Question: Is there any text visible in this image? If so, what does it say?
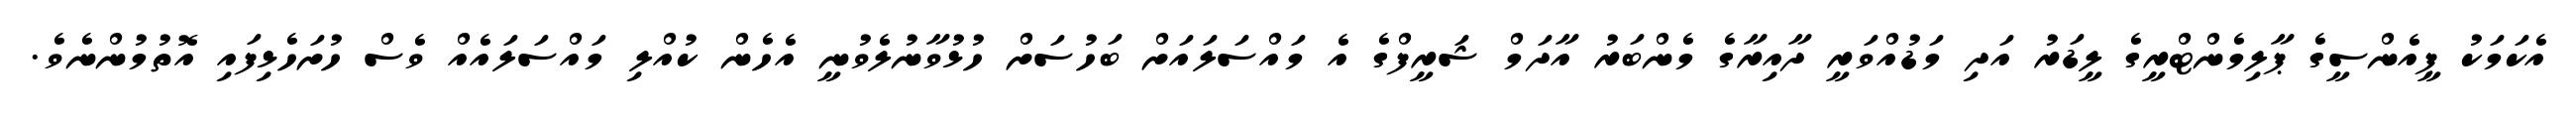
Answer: އެކަމަކު ޕީއެންސީގެ ޕާލިމެންޓްރީގެ ލީޑަރު އަދި މަޑުއްވަރީ ދާއިރާގެ މެންބަރު އާދަމް ޝަރީފްގެ އެ މައްސަލައަށް ބަހުސަށް ހުޅުވާނުލެވުނީ އެހެން ކުއްލި މައްސަލައެއް ވެސް ހުށަހެޅިފައި އޮތުމުންނެވެ.